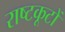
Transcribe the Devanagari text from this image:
राष्टकूटों